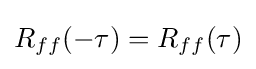
R_{ff}(-\tau )=R_{ff}(\tau )